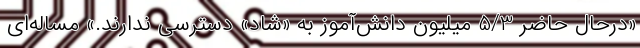
«درحال حاضر 5/3 میلیون دانش‌آموز به «شاد» دسترسی ندارند.» مساله‌ای